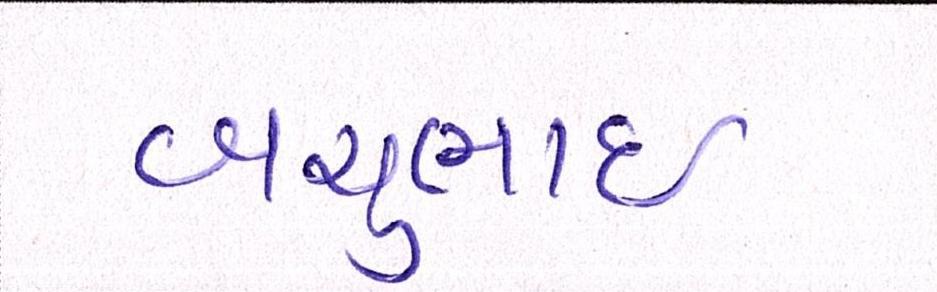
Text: બચુભાઈ